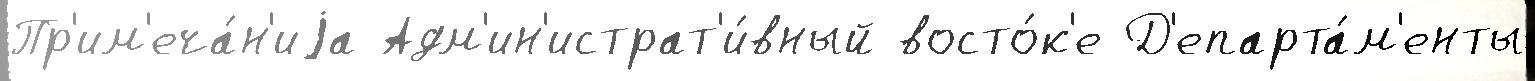
Пр'им'еча́н'иjа Адм'ин'истрат'и́вный восто́к'е Д'епарта́м'енты